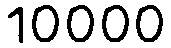
10000